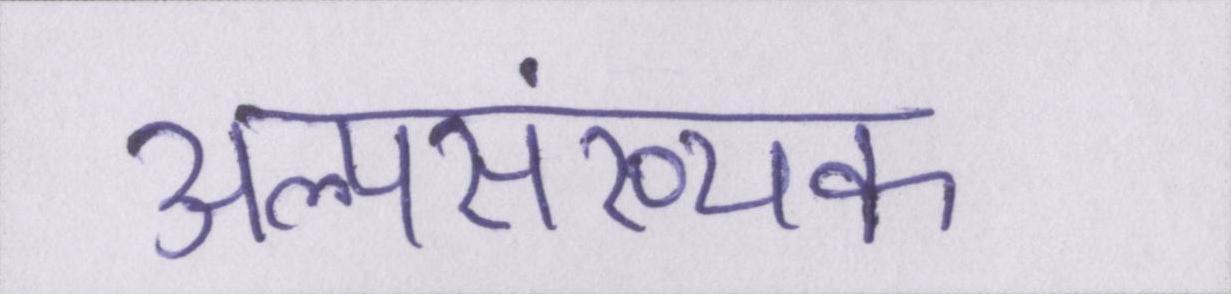
अल्पसंख्यक